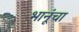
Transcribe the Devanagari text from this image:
भानूंचा